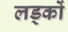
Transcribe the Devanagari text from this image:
लड्कों